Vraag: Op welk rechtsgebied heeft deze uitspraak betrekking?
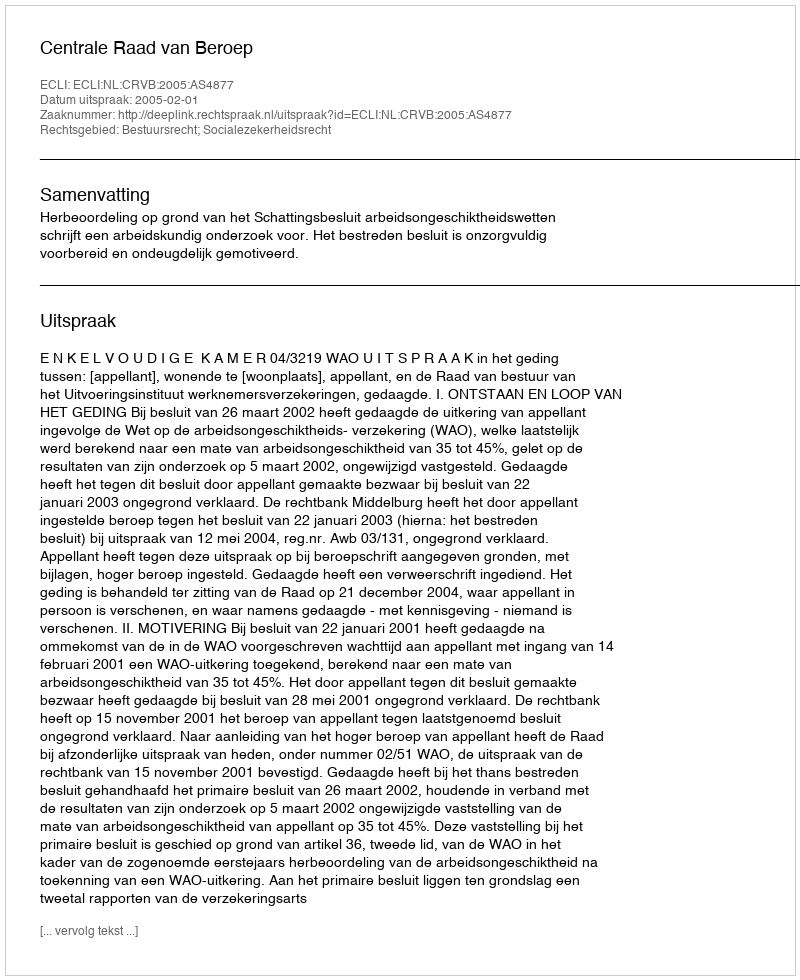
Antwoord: Bestuursrecht; Socialezekerheidsrecht